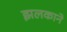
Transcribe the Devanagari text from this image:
झलकाने